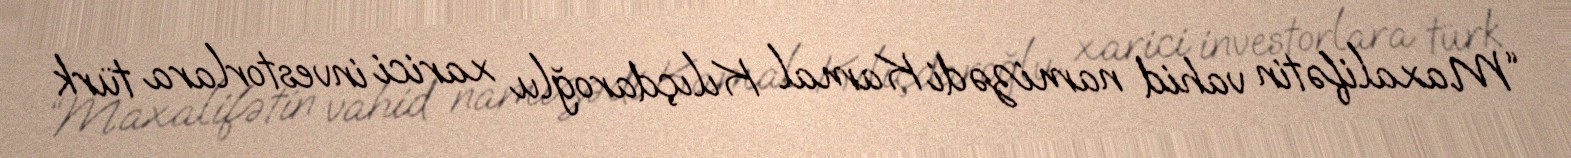
“Maxalifətin vahid namizədi Kamal Kılıçdaroğlu xarici investorlara türk